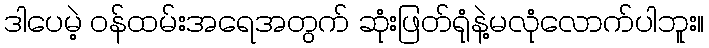
ဒါပေမဲ့ ဝန်ထမ်းအရေအတွက် ဆုံးဖြတ်ရုံနဲ့မလုံလောက်ပါဘူး။